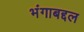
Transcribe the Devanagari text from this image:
भंगाबद्दल